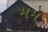
મમ